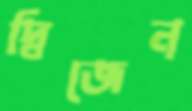
দ্বিজেন্